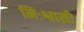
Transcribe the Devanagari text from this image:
निःश्वासी